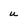
Character: u